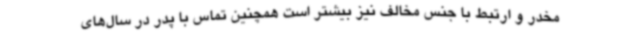
مخدر و ارتبط با جنس مخالف نیز بیشتر است همچنین تماس با پدر در سال‌های